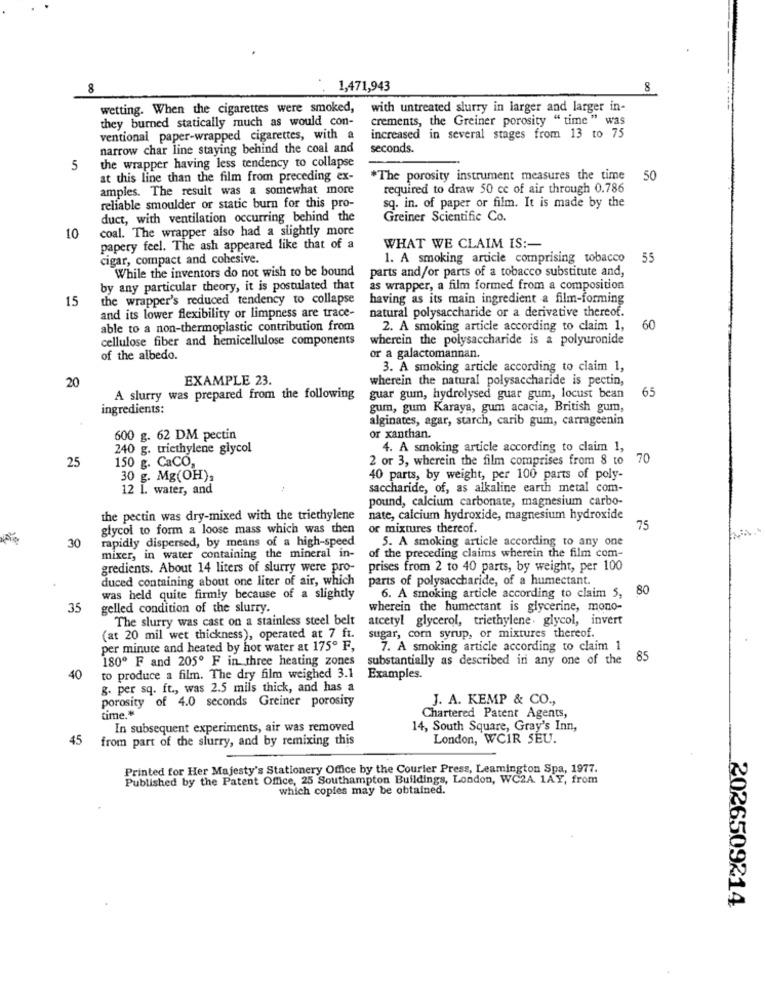
8
1,471,943
8
wetting. When the cigarettes were smoked, with untreated slurry in larger and larger in-
they burned statically much as would con-
crements, the Greiner porosity " time " was
ventional paper-wrapped cigarettes, with a
increased in several stages from 13 to 75
narrow char line staying behind the coal and
seconds.
5
the wrapper having less tendency to collapse
at this line than the film from preceding ex-
*The porosity instrument measures the time
50
amples. The result was a somewhat more
required to draw 50 cc of air through 0.786
sq. in. of paper or film. It is made by the
reliable smoulder or static burn for this pro-
duct, with ventilation occurring behind the
Greiner Scientific Co.
coal. The wrapper also had a slightly more
10
papery feel. The ash appeared like that of a
WHAT WE CLAIM IS :-
cigar, compact and cohesive.
1. A smoking article comprising tobacco 55
While the inventors do not wish to be bound
parts and/or parts of a tobacco substitute and,
by any particular theory, it is postulated that
as wrapper, a film formed from a composition
15
the wrapper's reduced tendency to collapse
having as its main ingredient a film-forming
and its lower flexibility or limpness are trace-
natural polysaccharide or a derivative thereof.
able to a non-thermoplastic contribution from
2. A smoking article according to claim 1,
60
cellulose fiber and hemicellulose components
wherein the polysaccharide is a polyuronide
of the albedo.
or a galactomannan.
3. A smoking article according to claim 1,
EXAMPLE 23.
wherein the natural polysaccharide is pectin,
20
65
A slurry was prepared from the following
guar gum, hydrolysed guar gum, locust bean
ingredients:
gum, gum Karaya, gum acacia, British gum,
alginates, agar, starch, carib gum, carrageenin
600 g. 62 DM pectin
or xanthan.
240 g. triethylene glycol
4. A smoking article according to claim 1,
25
150 g. CaCO.
2 or 3, wherein the film comprises from 8 to 70
30 g. Mg(OH),
40 parts, by weight, per 100 parts of poly-
12 1. water, and
saccharide, of, as alkaline earth metal com-
pound, calcium carbonate, magnesium carbo-
the pectin was dry-mixed with the triethylene
nate, calcium hydroxide, magnesium hydroxide
glycol to form a loose mass which was then
or mixtures thereof.
75
30
rapidly dispersed, by means of a high-speed
5. A smoking article according to any one
mixer, in water containing the mineral in-
of the preceding claims wherein the film com-
gredients. About 14 liters of slurry were pro-
prises from 2 to 40 parts, by weight, per 100
duced containing about one liter of air, which
parts of polysaccharide, of a humectant.
was held quite firmly because of a slightly
6. A smoking article according to claim 5, 80
35
gelled condition of the slurry.
wherein the humectant is glycerine, mono-
The slurry was cast on a stainless steel belt
atcetyl glycerol, triethylene. glycol, invert
(at 20 mil wet thickness), operated at 7 ft.
sugar, corn syrup, or mixtures thereof.
per minute and heated by hot water at 175º F,
7. A smoking article according to claim 1
180º F and 205º F in three heating zones
substantially as described in any one of the 85
40
to produce a film. The dry film weighed 3.1
Examples.
g. per sq. ft ., was 2.5 mils thick, and has a
porosity of 4.0 seconds Greiner porosity
J. A. KEMP & CO .,
time .*
Chartered Patent Agents,
In subsequent experiments, air was removed
14, South Square, Gray's Inn,
45
from part of the slurry, and by remixing this
London, WCIR SEU.
Printed for Her Majesty's Stationery Office by the Courier Press, Leamington Spa, 1977.
Published by the Patent Office, 25 Southampton Buildings, London, WC2A 1AY, from
which copies may be obtained.
2026509214